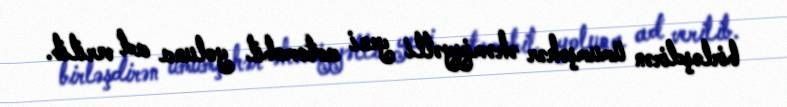
birləşdirən ümumşəhər əhəmiyyətli yeni avtomobil yoluna ad verilib.